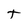
Character: t